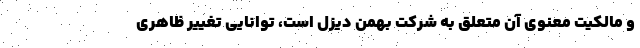
و مالکیت معنوی آن متعلق به شرکت بهمن دیزل است، توانایی تغییر ظاهری